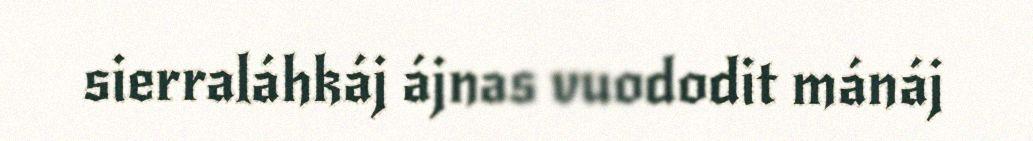
sierraláhkáj ájnas vuododit mánáj